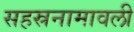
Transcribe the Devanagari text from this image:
सहस्रनामावली